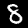
Label: 8